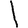
Digit: 1